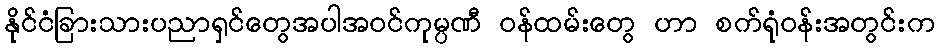
နိုင်ငံခြားသားပညာရှင်တွေအပါအဝင်ကုမ္ပဏီ ဝန်ထမ်းတွေ ဟာ စက်ရုံဝန်းအတွင်းက